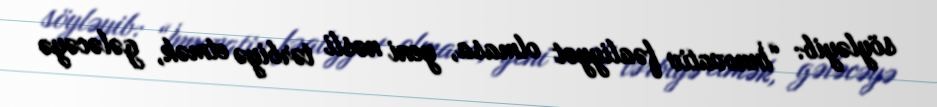
söyləyib: “İnnovativ fəaliyyət olmasa, yeni nəsli tərbiyə etmək, gələcəyə